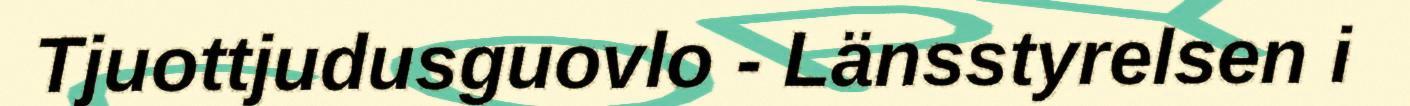
Tjuottjudusguovlo - Länsstyrelsen i